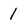
Character: 1